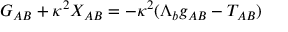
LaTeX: G _ { A B } + \kappa ^ { 2 } X _ { A B } = - \kappa ^ { 2 } ( \Lambda _ { b } g _ { A B } - T _ { A B } )